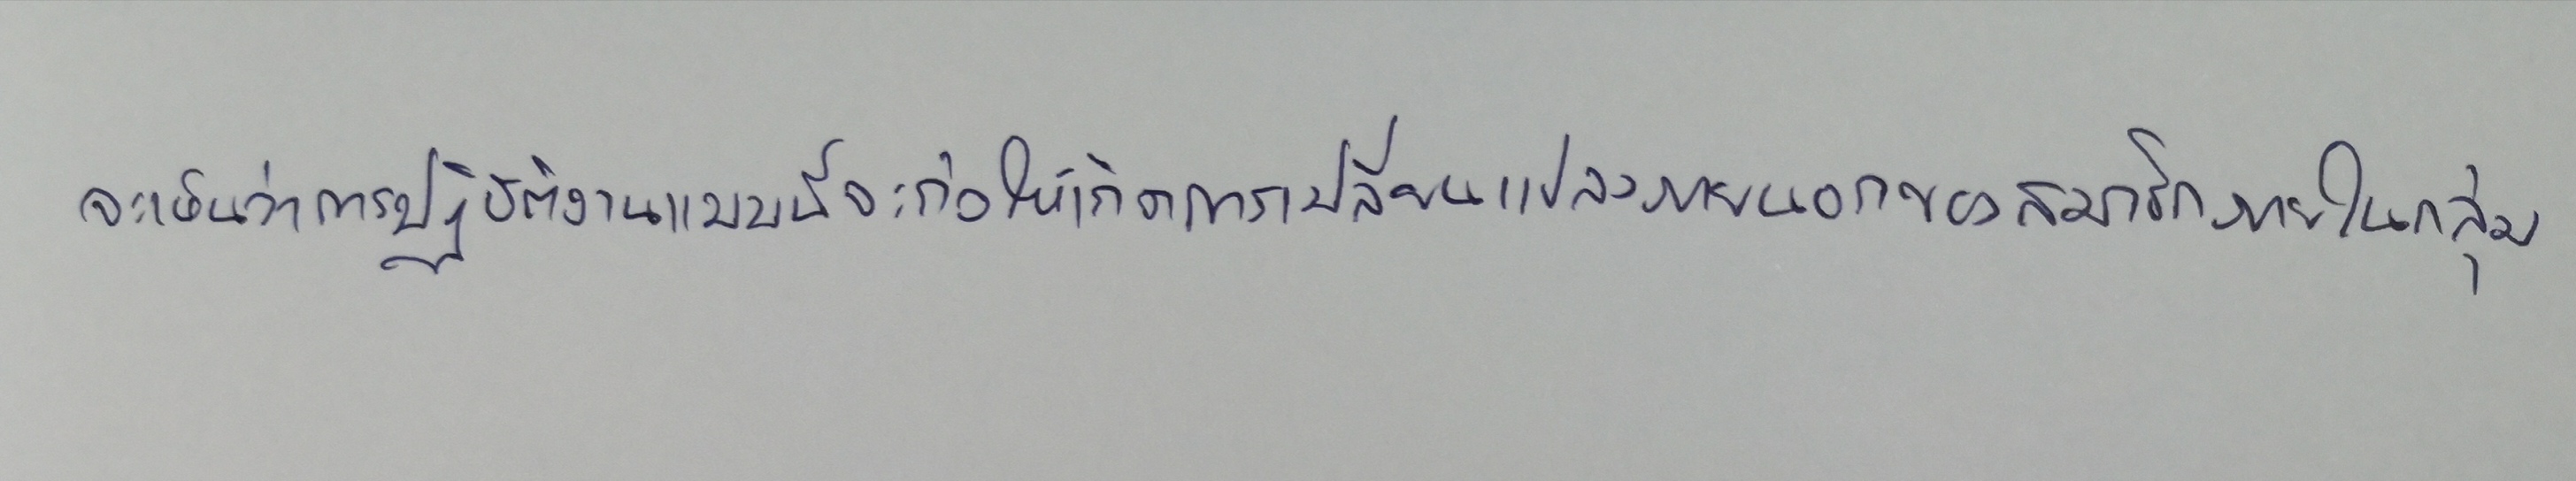
จะเห็นว่าการปฏิบัติงานแบบนี้จะก่อให้เกิดการเปลี่ยนแปลงภายนอกของสมาชิกภายในกลุ่ม